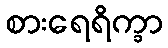
စားရေရိက္ခာ